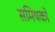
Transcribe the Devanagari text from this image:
समिषको